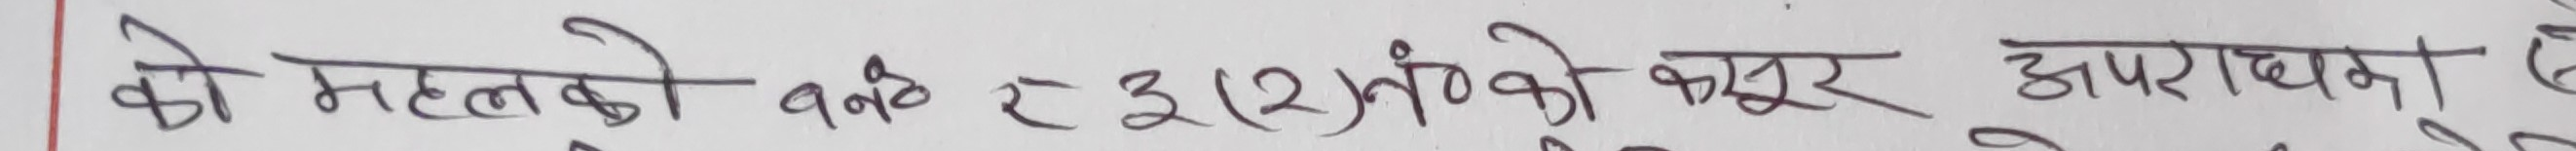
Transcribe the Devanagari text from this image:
को महत्वको वर्ते ३(२) को कसूर अपराधमा छ